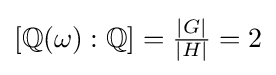
[\mathbb {Q} (\omega ):\mathbb {Q} ]={\tfrac {|G|}{|H|}}=2